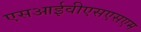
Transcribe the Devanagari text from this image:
एसआईवीएसएसएम